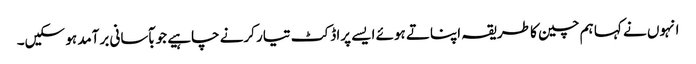
انہوں نے کہا ہم چین کا طریقہ اپناتے ہوئے ایسے پراڈکٹ تیار کرنے چاہیے جو بآسانی برآمد ہو سکیں۔